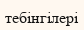
тебінгілері